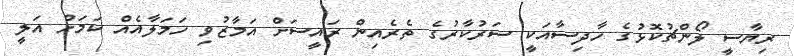
ރިޔާސީ ލޯންޗުކޮޅުގެ ހާދިސާއަކީ ސަރުކާރުގެ ތެރެއިން ރައީސަށް އަމާޒުވި ހަމަލާއެއް ކަމަށް އަލީ